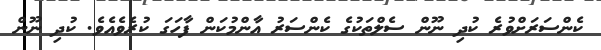
ކެންސަރަށްވުރެ ކުދި ނޫން ސެލްތަކުގެ ކެންސަރު އާންމުކަން ފާހަގަ ކުރެވެއެވެ. ކުދި ނޫން